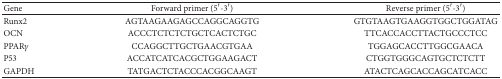
| Gene | Forward primer (5′-3′) | Reverse primer (5′-3′) |
 | --- | --- | --- |
 | Runx2 | AGTAAGAAGAGCCAGGCAGGTG | GTGTAAGTGAAGGTGGCTGGATAG |
 | OCN | ACCCTCTCTCTGCTCACTCTGC | TTCACCACCTTACTGCCCTCC |
 | PPARγ | CCAGGCTTGCTGAACGTGAA | TGGAGCACCTTGGCGAACA |
 | P53 | ACCATCATCACGCTGGAAGACT | CTGGTGGGCAGTGCTCTCTT |
 | GAPDH | TATGACTCTACCCACGGCAAGT | ATACTCAGCACCAGCATCACC |